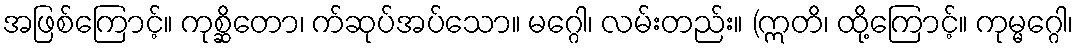
အဖြစ်ကြောင့်။ ကုစ္ဆိတော၊ က်ဆုပ်အပ်သော။ မဂ္ဂေါ၊ လမ်းတည်း။ (ဣတိ၊ ထို့ကြောင့်။ ကုမ္မဂ္ဂေါ၊